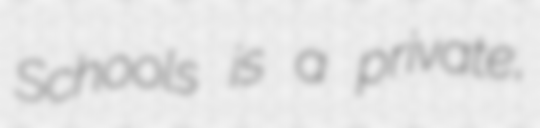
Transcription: Schools is a private,